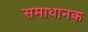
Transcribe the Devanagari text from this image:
समाधानक